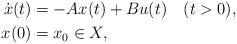
LaTeX: \begin{align*} \dot{x}(t) & = -Ax(t) + Bu(t) \quad(t>0),\\ x(0) & = x_0 \in X,\end{align*}